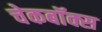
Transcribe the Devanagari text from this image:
चेकबॉक्स